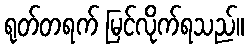
ရုတ်တရက် မြင်လိုက်ရသည်။